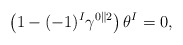
\begin{align*} \left(1 - (-1)^I\gamma^{0\parallel 2}\right)\theta^I = 0 ,\end{align*}